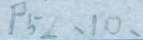
P 5 2 、 1 0 、